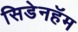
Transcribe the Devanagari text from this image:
सिडेनहॅम